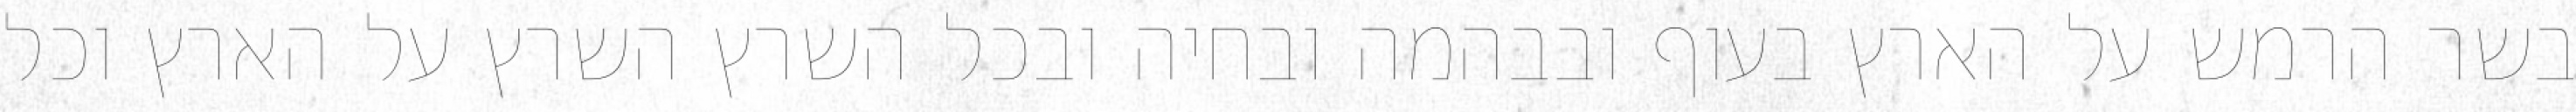
בשר הרמש על הארץ בעוף ובבהמה ובחיה ובכל השרץ השרץ על הארץ וכל